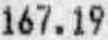
167.19